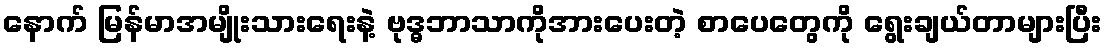
နောက် မြန်မာအမျိုးသားရေးနဲ့ ဗုဒ္ဓဘာသာကိုအားပေးတဲ့ စာပေတွေကို ရွေးချယ်တာများပြီး